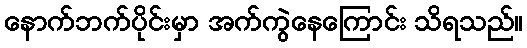
နောက်ဘက်ပိုင်းမှာ အက်ကွဲနေကြောင်း သိရသည်။